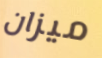
ميزان